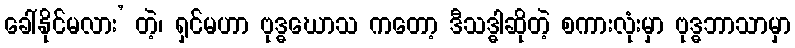
ခေါ်နိုင်မလား’ တဲ့၊ ရှင်မဟာ ဗုဒ္ဓဃောသ ကတော့ ဒီသဒ္ဓါဆိုတဲ့ စကားလုံးမှာ ဗုဒ္ဓဘာသာမှာ